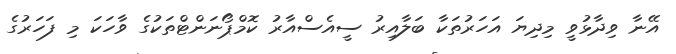
އޭނާ ވިދާޅުވީ މިދިޔަ އަހަރުތަކާ ބަލާއިރު ސީއެސްއާރު ކޮމްޕޯނަންޓްތަކުގެ ވާހަކަ މި ފަހަރުގެ